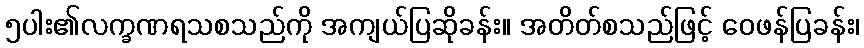
၅ပါး၏လက္ခဏရသစသည်ကို အကျယ်ပြဆိုခန်း။ အတိတ်စသည်ဖြင့် ဝေဖန်ပြခန်း၊